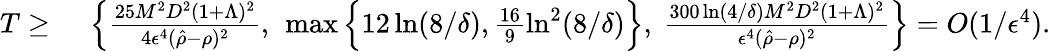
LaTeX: \begin{array}{rl}{T\geq}&{~\left\{ \frac{25M^{2}D^{2}(1+\Lambda)^{2}}{4\epsilon^{4}(\hat{\rho}-\rho)^{2}},~\operatorname*{max}\Big\{ 12\ln(8/\delta),\frac{16}{9}\ln^{2}(8/\delta)\Big\} ,~\frac{300\ln(4/\delta)M^{2}D^{2}(1+\Lambda)^{2}}{\epsilon^{4}(\hat{\rho}-\rho)^{2}}\right\} =O(1/\epsilon^{4}).}\end{array}